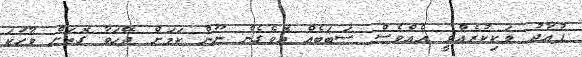
ފުއާދު ވަކިކުރެއްވީ އެއްވެސް ސަބަބެއް އޮވެގެން ނޫން ކަމަށް ދޭހަވާ ގޮތަށް ވާހަކަ